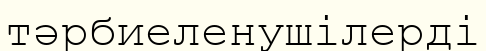
тәрбиеленушілерді